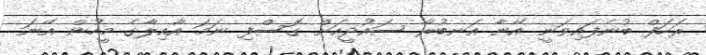
ރަހަފް ބުނެފައިވަނީ އޭނާ އަނބުރާ ސައުދީއަށް ގޮސްފި ނަމަ އާއިލާގެ މީހުން އޭނަ